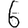
Digit: 6